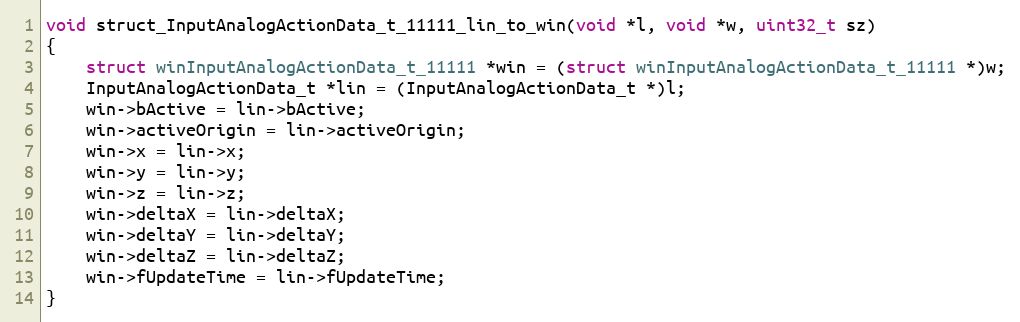
Language: C++
void struct_InputAnalogActionData_t_11111_lin_to_win(void *l, void *w, uint32_t sz)
{
    struct winInputAnalogActionData_t_11111 *win = (struct winInputAnalogActionData_t_11111 *)w;
    InputAnalogActionData_t *lin = (InputAnalogActionData_t *)l;
    win->bActive = lin->bActive;
    win->activeOrigin = lin->activeOrigin;
    win->x = lin->x;
    win->y = lin->y;
    win->z = lin->z;
    win->deltaX = lin->deltaX;
    win->deltaY = lin->deltaY;
    win->deltaZ = lin->deltaZ;
    win->fUpdateTime = lin->fUpdateTime;
}